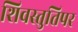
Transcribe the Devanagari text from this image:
शिवस्तुतिपर